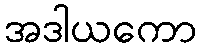
အဒါယကော